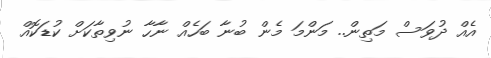
އެއް ދުވަސް މަތިން.. މަންމަ މެން ބުނާ ބަހެއް ނާހާ ނުވިތާކަށް ކުޑަކޮއް